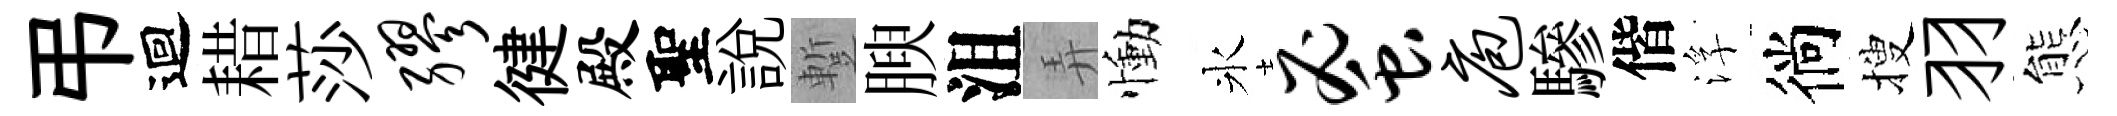
弔迴耤莎缪徤殿聖説蹔腴沮弄慟氷蜜庖驂偕浮徜搜羽態